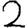
Digit: 2